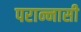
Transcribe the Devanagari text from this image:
परान्नासी